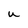
Character: u